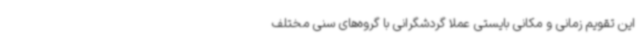
این تقویم زمانی و مکانی بایستی عملا گردشگرانی با گروه‌های سنی مختلف